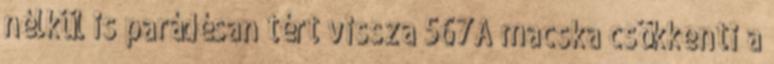
nélkül is parádésan tért vissza 567A macska csökkenti a